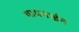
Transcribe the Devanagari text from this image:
थायमाईन